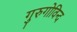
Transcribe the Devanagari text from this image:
गुरुगोविन्द